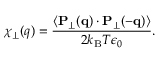
\chi _ { \perp } ( q ) = \frac { \langle { \bf P } _ { \perp } ( { \bf q } ) \cdot { \bf P } _ { \perp } ( { \bf - q } ) \rangle } { 2 k _ { \mathrm { B } } T \epsilon _ { 0 } } .